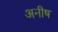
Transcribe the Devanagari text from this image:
अनीष